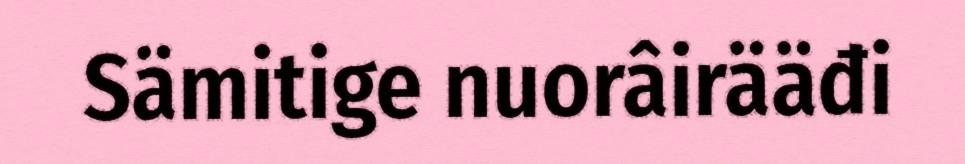
Sämitige nuorâirääđi